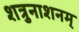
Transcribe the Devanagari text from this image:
शत्रुनाशनम्